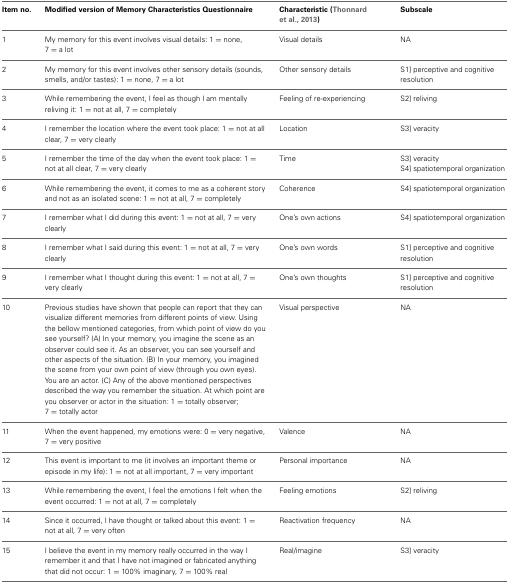
<table><thead><tr><td><b>Item no.</b></td><td><b>Modified version of Memory Characteristics Questionnaire</b></td><td><b>Characteristic (Thonnard et al., 2013)</b></td><td><b>Subscale</b></td></tr></thead><tbody><tr><td>1</td><td>My memory for this event involves visual details: 1 = none, 7 = a lot</td><td>Visual details</td><td>NA</td></tr><tr><td>2</td><td>My memory for this event involves other sensory details (sounds, smells, and/or tastes): 1 = none, 7 = a lot</td><td>Other sensory details</td><td>S1] perceptive and cognitive resolution</td></tr><tr><td>3</td><td>While remembering the event, I feel as though I am mentally reliving it: 1 = not at all, 7 = completely</td><td>Feeling of re-experiencing</td><td>S2] reliving</td></tr><tr><td>4</td><td>I remember the location where the event took place: 1 = not at all clear, 7 = very clearly</td><td>Location</td><td>S3] veracity</td></tr><tr><td>5</td><td>I remember the time of the day when the event took place: 1 = not at all clear, 7 = very clearly</td><td>Time</td><td>S3] veracity S4] spatiotemporal organization</td></tr><tr><td>6</td><td>While remembering the event, it comes to me as a coherent story and not as an isolated scene: 1 = not at all, 7 = completely</td><td>Coherence</td><td>S4] spatiotemporal organization</td></tr><tr><td>7</td><td>I remember what I did during this event: 1 = not at all, 7 = very clearly</td><td>One&#x27;s own actions</td><td>S4] spatiotemporal organization</td></tr><tr><td>8</td><td>I remember what I said during this event: 1 = not at all, 7 = very clearly</td><td>One&#x27;s own words</td><td>S1] perceptive and cognitive resolution</td></tr><tr><td>9</td><td>I remember what I thought during this event: 1 = not at all, 7 = very clearly</td><td>One&#x27;s own thoughts</td><td>S1] perceptive and cognitive resolution</td></tr><tr><td>10</td><td>Previous studies have shown that people can report that they can visualize different memories from different points of view. Using the bellow mentioned categories, from which point of view do you see yourself? (A) In your memory, you imagine the scene as an observer could see it. As an observer, you can see yourself and other aspects of the situation. (B) In your memory, you imagined the scene from your own point of view (through you own eyes). You are an actor. (C) Any of the above mentioned perspectives described the way you remember the situation. At which point are you observer or actor in the situation: 1 = totally observer; 7 = totally actor</td><td>Visual perspective</td><td>NA</td></tr><tr><td>11</td><td>When the event happened, my emotions were: 0 = very negative, 7 = very positive</td><td>Valence</td><td>NA</td></tr><tr><td>12</td><td>This event is important to me (it involves an important theme or episode in my life): 1 = not at all important, 7 = very important</td><td>Personal importance</td><td>NA</td></tr><tr><td>13</td><td>While remembering the event, I feel the emotions I felt when the event occurred: 1 = not at all, 7 = completely</td><td>Feeling emotions</td><td>S2] reliving</td></tr><tr><td>14</td><td>Since it occurred, I have thought or talked about this event: 1 = not at all, 7 = very often</td><td>Reactivation frequency</td><td>NA</td></tr><tr><td>15</td><td>I believe the event in my memory really occurred in the way I remember it and that I have not imagined or fabricated anything that did not occur: 1 = 100% imaginary, 7 = 100% real</td><td>Real/imagine</td><td>S3] veracity</td></tr></tbody></table>